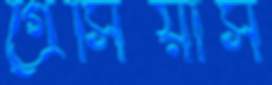
গ্রেসিয়াস